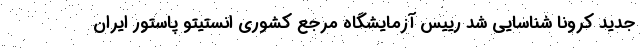
جدید کرونا شناسایی شد رییس آزمایشگاه مرجع کشوری انستیتو پاستور ایران